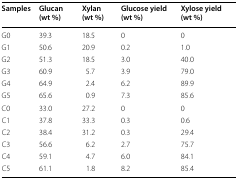
| Samples | Glucan (wt %) | Xylan (wt %) | Glucose yield (wt %) | Xylose yield (wt %) |
 | --- | --- | --- | --- | --- |
 | G0 | 39.3 | 18.5 | 0 | 0 |
 | G1 | 50.6 | 20.9 | 0.2 | 1.0 |
 | G2 | 51.3 | 18.5 | 3.0 | 40.0 |
 | G3 | 60.9 | 5.7 | 3.9 | 79.0 |
 | G4 | 64.9 | 2.4 | 6.2 | 89.9 |
 | G5 | 65.6 | 0.9 | 7.3 | 85.6 |
 | C0 | 33.0 | 27.2 | 0 | 0 |
 | C1 | 37.8 | 33.3 | 0.3 | 0.6 |
 | C2 | 38.4 | 31.2 | 0.3 | 29.4 |
 | C3 | 56.6 | 6.2 | 2.7 | 75.7 |
 | C4 | 59.1 | 4.7 | 6.0 | 84.1 |
 | C5 | 61.1 | 1.8 | 8.2 | 85.4 |